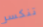
تنكسر